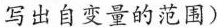
写出自变量的范围)